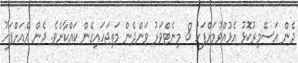
ދެން އަސޭމިރުކޮޅު އެޅުއްވުމަށްފަހު 8 މިނެޓްވަރު ވަންދެން މަތިޖަހައިގެން ކައްކާށެވެ. ދެން އެއަށްފަހު